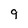
Character: 9